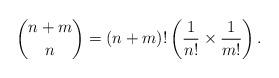
LaTeX: \begin{align*}{n+m\choose n}=(n+m)! \left( \frac1{n!} \times \frac1{m!} \right).\end{align*}